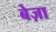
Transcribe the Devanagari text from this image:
बेज़ा